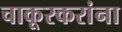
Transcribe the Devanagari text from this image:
चाकूरकरांना